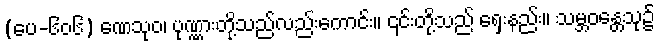
(ပေ-၆၀၆) ဏေသုဝ၊ ပုဏ္ဏားတို့သည်လည်းကောင်း။ ၎င်းတို့သည် ရှေးနည်း။ သမ္ဘဝန္တေသု၌